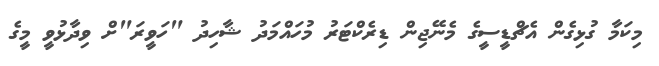
މިކަމާ ގުޅިގެން އެޗްޑީސީގެ މެނޭޖިން ޑިރެކްޓަރު މުހައްމަދު ޝާހިދު "ހަވީރަ"ށް ވިދާޅުވީ މީގެ